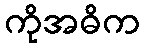
ကိုအဓိက